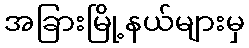
အခြားမြို့နယ်များမှ